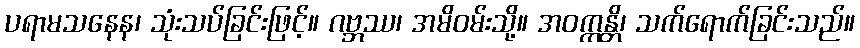
ပရာမသနေန၊ သုံးသပ်ခြင်းဖြင့်။ ဂဗ္ဘဿ၊ အမိဝမ်းသို့။ အဝက္ကန္တိ၊ သက်ရောက်ခြင်းသည်။